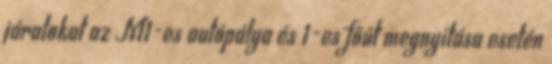
járatokat az M1-es autópálya és 1-es főút megnyitása esetén